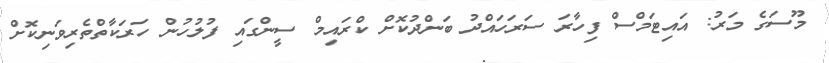
މޫސަގެ މަރު: އައިޓަމްސް ފިހާރަ ސަރަހައްދު ބަންދުކޮށް ކްރައިމް ސީންގައި ފުލުހުން ހަރަކާތްތެރިވަނިކޮށް